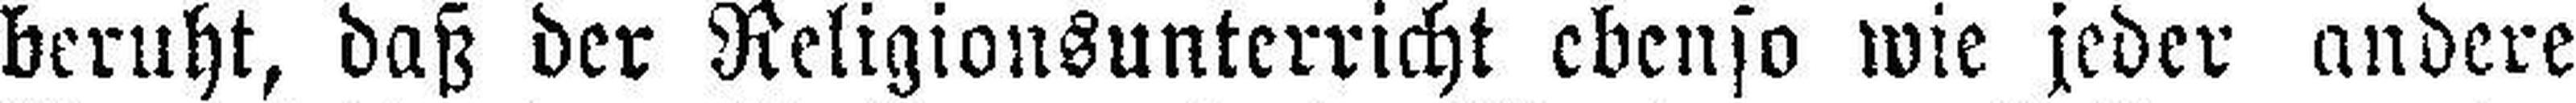
beruht, daß der Religionsunterricht ebenso wie jeder andere